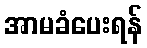
အာမခံပေးရန်